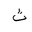
Letter: _tha